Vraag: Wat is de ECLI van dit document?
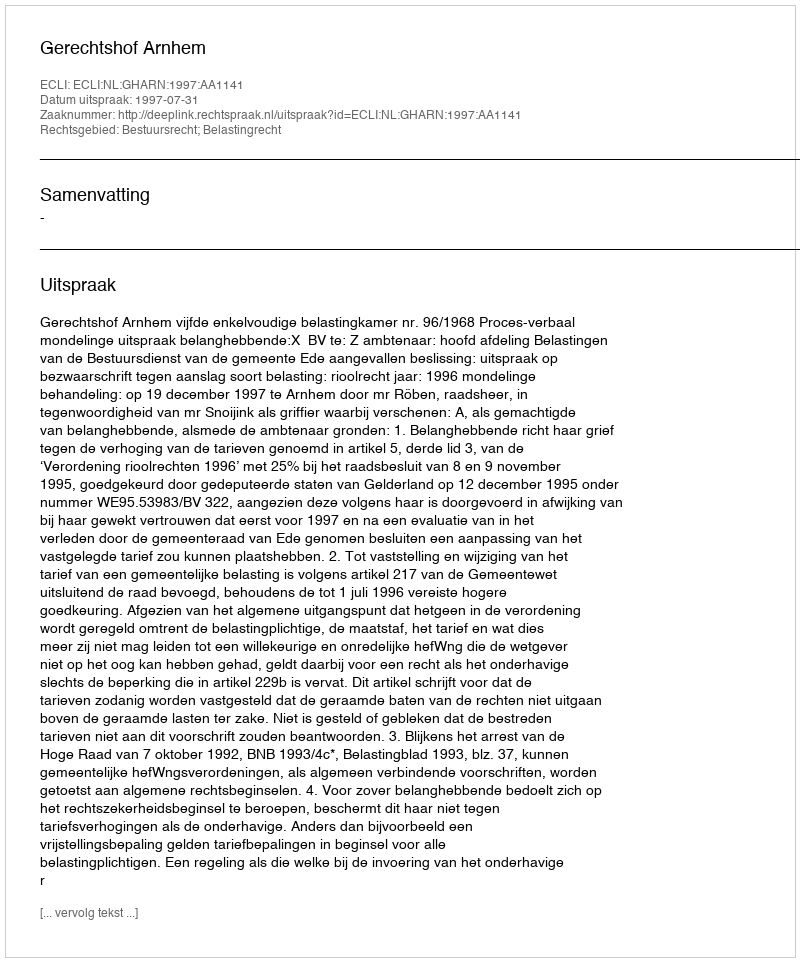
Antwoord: ECLI:NL:GHARN:1997:AA1141